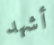
أشهد